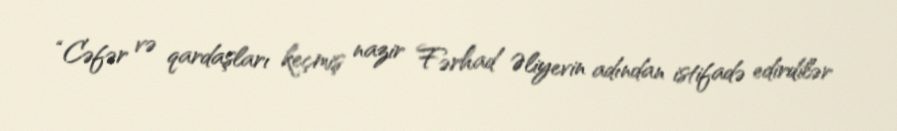
“Cəfər və qardaşları keçmiş nazir Fərhad Əliyevin adından istifadə edirdilər